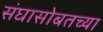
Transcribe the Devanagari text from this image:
संघासोबतच्या